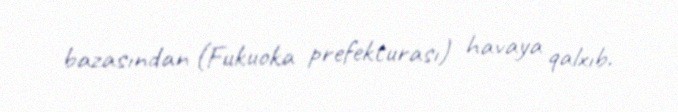
bazasından (Fukuoka prefekturası) havaya qalxıb.